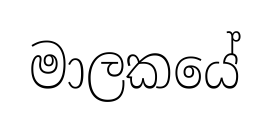
මාලකයේ